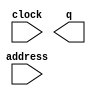
// megafunction wizard: %ROM: 1-PORT%VBB%
// GENERATION: STANDARD
// VERSION: WM1.0
// MODULE: altsyncram 

// ============================================================
// Megafunction Name(s):
// 			altsyncram
//
// Simulation Library Files(s):
// 			altera_mf
// ============================================================
// ************************************************************
// THIS IS A WIZARD-GENERATED FILE. DO NOT EDIT THIS FILE!
//
// 9.0 Build 132 02/25/2009 SJ Web Edition
// ************************************************************

//Copyright (C) 1991-2009 Altera Corporation
//Your use of Altera Corporation's design tools, logic functions 
//and other software and tools, and its AMPP partner logic 
//functions, and any output files from any of the foregoing 
//(including device programming or simulation files), and any 
//associated documentation or information are expressly subject 
//to the terms and conditions of the Altera Program License 
//Subscription Agreement, Altera MegaCore Function License 
//Agreement, or other applicable license agreement, including, 
//without limitation, that your use is for the sole purpose of 
//programming logic devices manufactured by Altera and sold by 
//Altera or its authorized distributors.  Please refer to the 
//applicable agreement for further details.

module micro_mem (
	address,
	clock,
	q);

	input	[7:0]  address;
	input	  clock;
	output	[23:0]  q;

endmodule

// ============================================================
// CNX file retrieval info
// ============================================================
// Retrieval info: PRIVATE: ADDRESSSTALL_A NUMERIC "0"
// Retrieval info: PRIVATE: AclrAddr NUMERIC "0"
// Retrieval info: PRIVATE: AclrByte NUMERIC "0"
// Retrieval info: PRIVATE: AclrOutput NUMERIC "0"
// Retrieval info: PRIVATE: BYTE_ENABLE NUMERIC "0"
// Retrieval info: PRIVATE: BYTE_SIZE NUMERIC "8"
// Retrieval info: PRIVATE: BlankMemory NUMERIC "0"
// Retrieval info: PRIVATE: CLOCK_ENABLE_INPUT_A NUMERIC "0"
// Retrieval info: PRIVATE: CLOCK_ENABLE_OUTPUT_A NUMERIC "0"
// Retrieval info: PRIVATE: Clken NUMERIC "0"
// Retrieval info: PRIVATE: IMPLEMENT_IN_LES NUMERIC "0"
// Retrieval info: PRIVATE: INIT_FILE_LAYOUT STRING "PORT_A"
// Retrieval info: PRIVATE: INIT_TO_SIM_X NUMERIC "0"
// Retrieval info: PRIVATE: INTENDED_DEVICE_FAMILY STRING "Stratix II"
// Retrieval info: PRIVATE: JTAG_ENABLED NUMERIC "0"
// Retrieval info: PRIVATE: JTAG_ID STRING "NONE"
// Retrieval info: PRIVATE: MAXIMUM_DEPTH NUMERIC "0"
// Retrieval info: PRIVATE: MIFfilename STRING "micro_mem4.mif"
// Retrieval info: PRIVATE: NUMWORDS_A NUMERIC "256"
// Retrieval info: PRIVATE: RAM_BLOCK_TYPE NUMERIC "0"
// Retrieval info: PRIVATE: RegAddr NUMERIC "1"
// Retrieval info: PRIVATE: RegOutput NUMERIC "0"
// Retrieval info: PRIVATE: SYNTH_WRAPPER_GEN_POSTFIX STRING "0"
// Retrieval info: PRIVATE: SingleClock NUMERIC "1"
// Retrieval info: PRIVATE: UseDQRAM NUMERIC "0"
// Retrieval info: PRIVATE: WidthAddr NUMERIC "8"
// Retrieval info: PRIVATE: WidthData NUMERIC "24"
// Retrieval info: PRIVATE: rden NUMERIC "0"
// Retrieval info: CONSTANT: CLOCK_ENABLE_INPUT_A STRING "BYPASS"
// Retrieval info: CONSTANT: CLOCK_ENABLE_OUTPUT_A STRING "BYPASS"
// Retrieval info: CONSTANT: INIT_FILE STRING "micro_mem4.mif"
// Retrieval info: CONSTANT: INTENDED_DEVICE_FAMILY STRING "Stratix II"
// Retrieval info: CONSTANT: LPM_HINT STRING "ENABLE_RUNTIME_MOD=NO"
// Retrieval info: CONSTANT: LPM_TYPE STRING "altsyncram"
// Retrieval info: CONSTANT: NUMWORDS_A NUMERIC "256"
// Retrieval info: CONSTANT: OPERATION_MODE STRING "ROM"
// Retrieval info: CONSTANT: OUTDATA_ACLR_A STRING "NONE"
// Retrieval info: CONSTANT: OUTDATA_REG_A STRING "UNREGISTERED"
// Retrieval info: CONSTANT: WIDTHAD_A NUMERIC "8"
// Retrieval info: CONSTANT: WIDTH_A NUMERIC "24"
// Retrieval info: CONSTANT: WIDTH_BYTEENA_A NUMERIC "1"
// Retrieval info: USED_PORT: address 0 0 8 0 INPUT NODEFVAL address[7..0]
// Retrieval info: USED_PORT: clock 0 0 0 0 INPUT NODEFVAL clock
// Retrieval info: USED_PORT: q 0 0 24 0 OUTPUT NODEFVAL q[23..0]
// Retrieval info: CONNECT: @address_a 0 0 8 0 address 0 0 8 0
// Retrieval info: CONNECT: q 0 0 24 0 @q_a 0 0 24 0
// Retrieval info: CONNECT: @clock0 0 0 0 0 clock 0 0 0 0
// Retrieval info: LIBRARY: altera_mf altera_mf.altera_mf_components.all
// Retrieval info: GEN_FILE: TYPE_NORMAL micro_mem.v TRUE
// Retrieval info: GEN_FILE: TYPE_NORMAL micro_mem.inc TRUE
// Retrieval info: GEN_FILE: TYPE_NORMAL micro_mem.cmp FALSE
// Retrieval info: GEN_FILE: TYPE_NORMAL micro_mem.bsf TRUE FALSE
// Retrieval info: GEN_FILE: TYPE_NORMAL micro_mem_inst.v FALSE
// Retrieval info: GEN_FILE: TYPE_NORMAL micro_mem_bb.v TRUE
// Retrieval info: GEN_FILE: TYPE_NORMAL micro_mem_waveforms.html TRUE
// Retrieval info: GEN_FILE: TYPE_NORMAL micro_mem_wave*.jpg FALSE
// Retrieval info: LIB_FILE: altera_mf